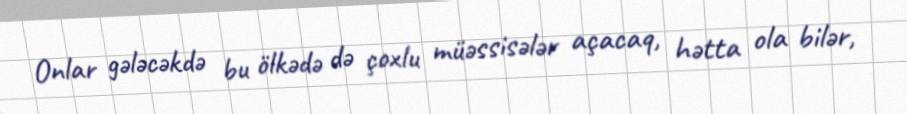
Onlar gələcəkdə bu ölkədə də çoxlu müəssisələr açacaq, hətta ola bilər,